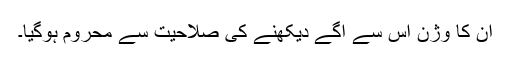
اُن کا وژن اِس سے آگے دیکھنے کی صلاحیت سے محروم ہوگیا۔